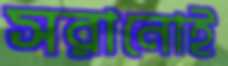
সরানোই